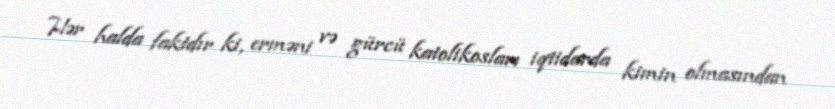
Hər halda faktdır ki, erməni və gürcü katolikosları iqtidarda kimin olmasından